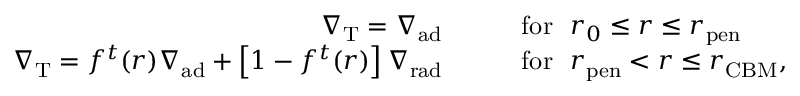
\begin{array} { r l } { \nabla _ { \mathrm { T } } = \nabla _ { \mathrm { a d } } \qquad } & { \mathrm { f o r } \ \ r _ { 0 } \leq r \leq r _ { \mathrm { p e n } } } \\ { \nabla _ { \mathrm { T } } = f ^ { t } ( r ) \nabla _ { \mathrm { a d } } + \left[ 1 - f ^ { t } ( r ) \right] \nabla _ { \mathrm { r a d } } \qquad } & { \mathrm { f o r } \ \ r _ { \mathrm { p e n } } < r \leq r _ { \mathrm { C B M } } , } \end{array}